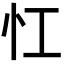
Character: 𢖷